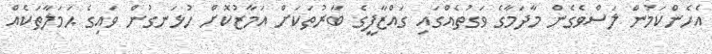
އެހެންކަމުން ލަސްވެގެން މާދަމާގެ ވަގުތެއްގައި ގައްޒާފީގެ ބާރުތަކަށް އަމާޒުކޮށް ހުޅަނގުން ވައިގެ ޙަމަލާތަކެއް